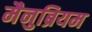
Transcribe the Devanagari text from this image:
मैनुब्रियम